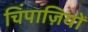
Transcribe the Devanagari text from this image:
चिंपाज़ियों